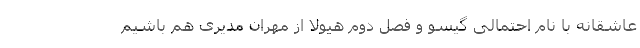
عاشقانه با نام احتمالی گیسو و فصل دوم هیولا از مهران مدیری هم باشیم